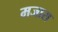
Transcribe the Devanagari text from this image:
मजास